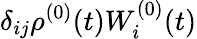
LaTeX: \delta_{ij}\rho^{(0)}(t)W_{i}^{(0)}(t)